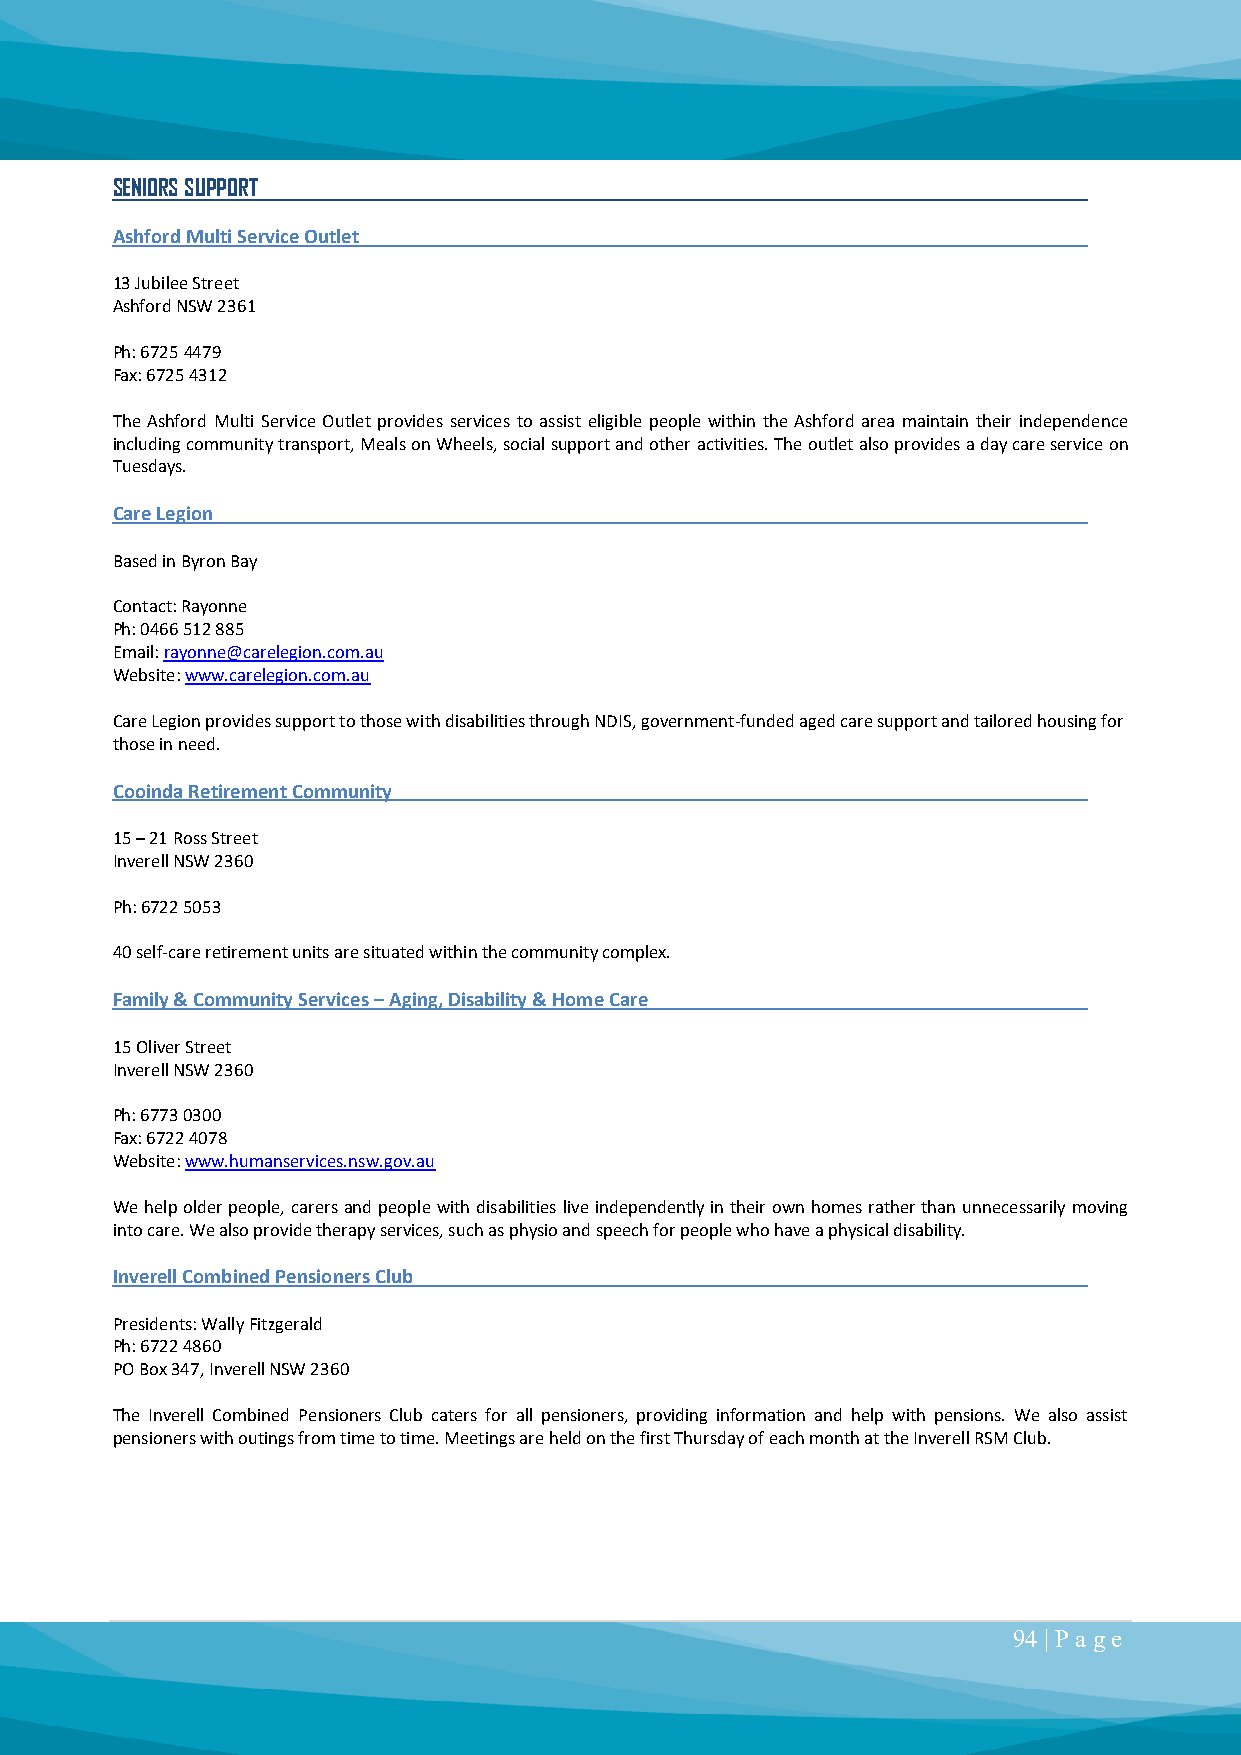
SENIORS SUPPORT
 Ashford Multi Service Outlet
 13 Jubilee Street
 Ashford NSW 2361
 Ph: 6725 4479
 Fax: 6725 4312
 The Ashford Multi Service Outlet provides services to assist eligible people within the Ashford area maintain their independence
 including community transport, Meals on Wheels, social support and other activities. The outlet also provides a day care service on
 Tuesdays.
 Care Legion
 Based in Byron Bay
 Contact: Rayonne
 Ph: 0466 512 885
 Email: rayonne@carelegion.com.au
 Website: www.carelegion.com.au
 Care Legion provides support to those with disabilities through NDIS, government-funded aged care support and tailored housing for
 those in need.
 Cooinda Retirement Community
 15 – 21 Ross Street
 Inverell NSW 2360
 Ph: 6722 5053
 40 self-care retirement units are situated within the community complex.
 Family & Community Services – Aging, Disability & Home Care
 15 Oliver Street
 Inverell NSW 2360
 Ph: 6773 0300
 Fax: 6722 4078
 Website: www.humanservices.nsw.gov.au
 We help older people, carers and people with disabilities live independently in their own homes rather than unnecessarily moving
 into care. We also provide therapy services, such as physio and speech for people who have a physical disability.
 Inverell Combined Pensioners Club
 Presidents: Wally Fitzgerald
 Ph: 6722 4860
 PO Box 347, Inverell NSW 2360
 The Inverell Combined Pensioners Club caters for all pensioners, providing information and help with pensions. We also assist
 pensioners with outings from time to time. Meetings are held on the first Thursday of each month at the Inverell RSM Club.
 94 | P a ge